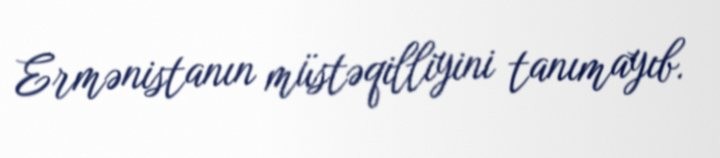
Ermənistanın müstəqilliyini tanımayıb.